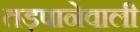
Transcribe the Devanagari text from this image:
तड़पानेवाली